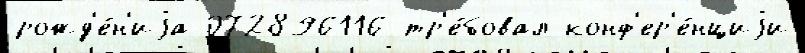
рожд'е́н'иjа 072896116 тр'е́бовал конф'ер'е́нциjи